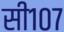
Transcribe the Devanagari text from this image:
सी१०७